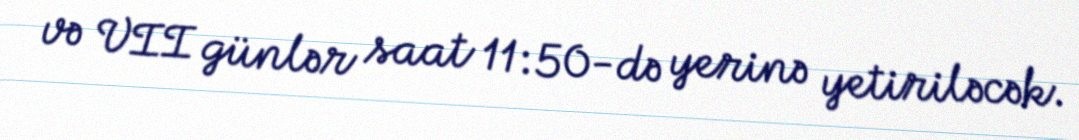
və VII günlər saat 11:50-də yerinə yetiriləcək.